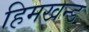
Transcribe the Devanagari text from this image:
हिमखन्ड